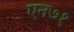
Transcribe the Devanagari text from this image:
एन७१